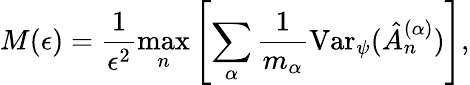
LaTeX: M(\epsilon)=\frac{1}{\epsilon^{2}}\operatorname*{max}_{n}\left[\sum_{\alpha}\frac{1}{m_{\alpha}}\mathrm{Var}_{\psi}(\hat{A}_{n}^{(\alpha)})\right],